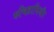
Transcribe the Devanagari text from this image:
रुचिहानिऔर